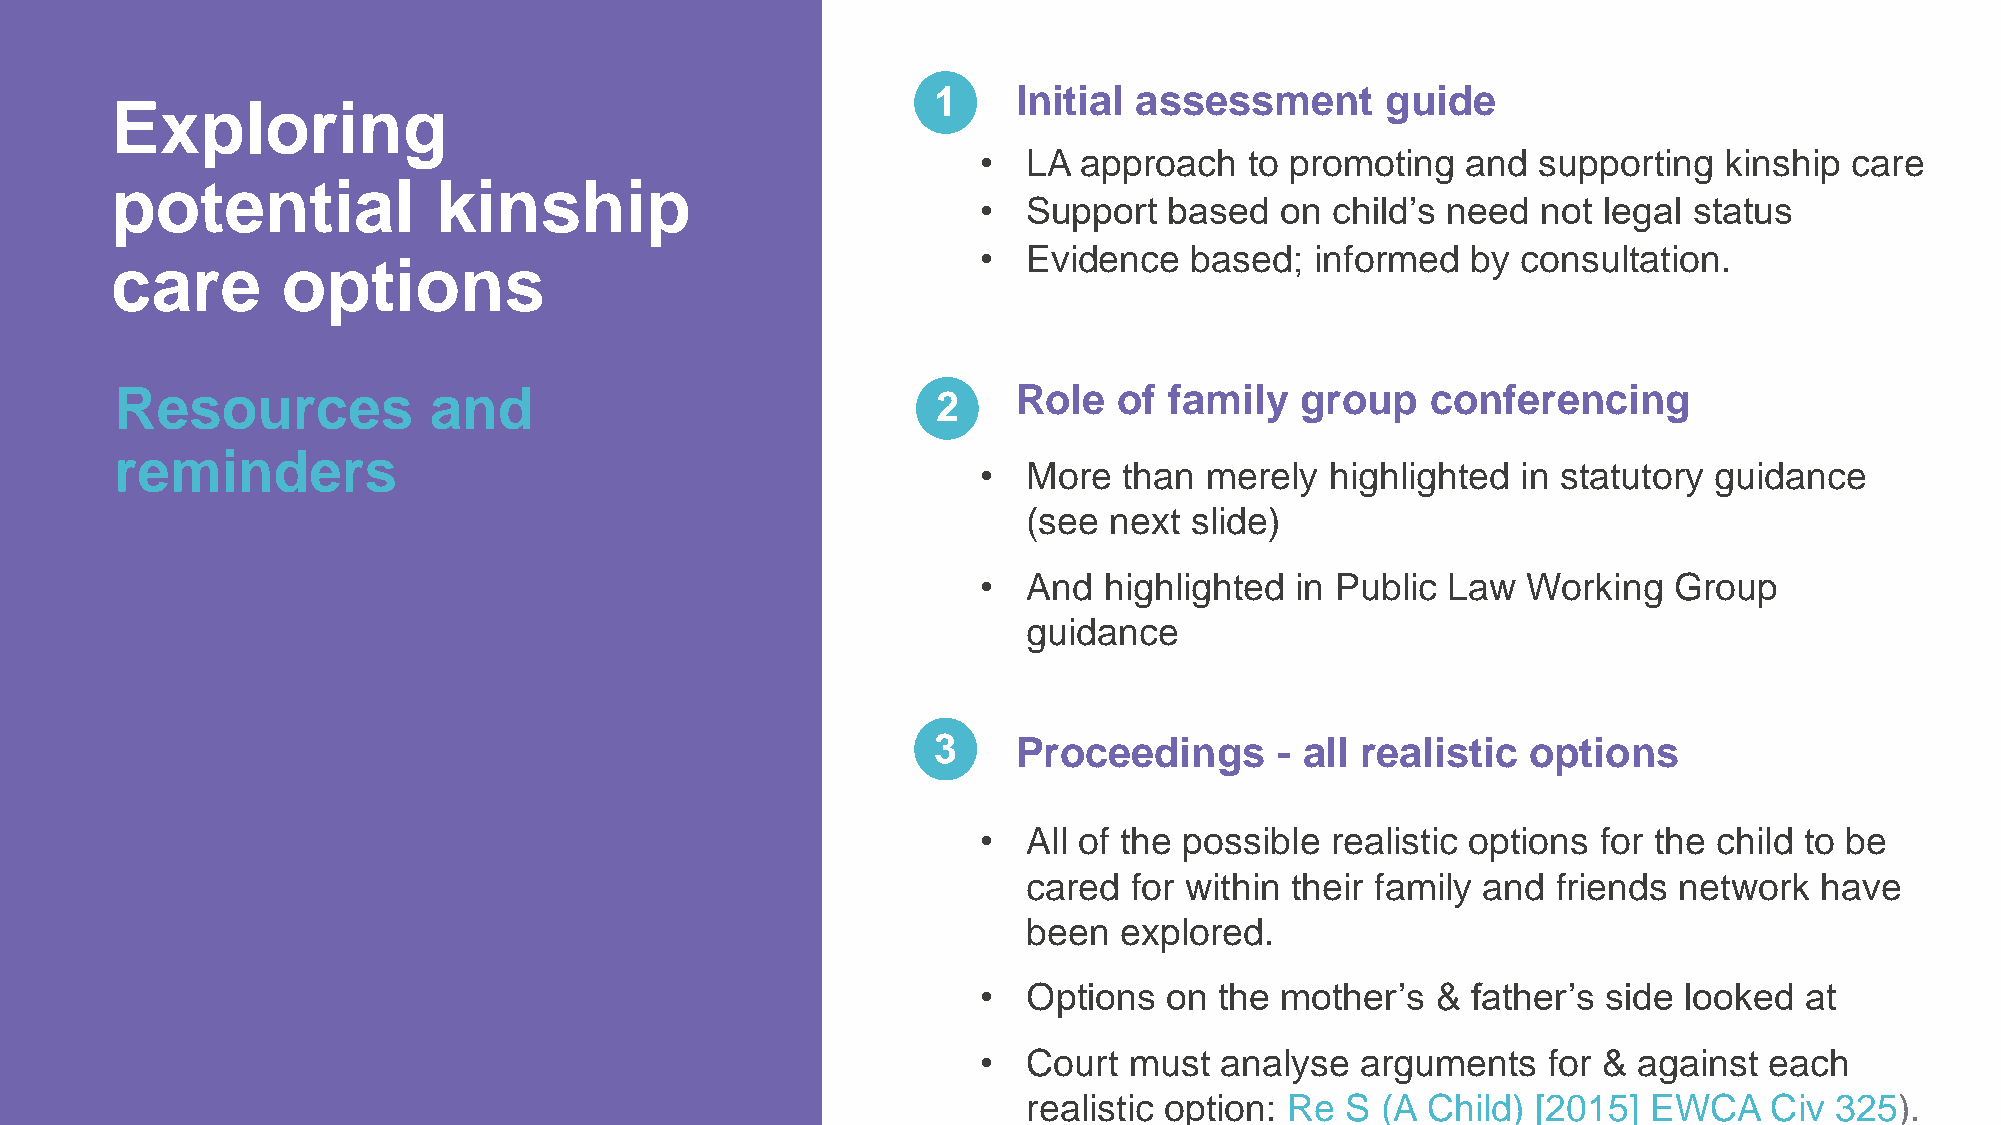
1    Initial assessment       guide
 Exploring
 •  LA  approach   to promoting  and  supporting  kinship  care
 potential             kinship
 •  Support  based   on child’s need  not legal status
 •  Evidence   based;  informed  by  consultation.
 care        options
 Resources           and                               2    Role   of family   group    conferencing
 reminders
 •  More  than  merely  highlighted  in statutory guidance
 (see next  slide)
 •  And  highlighted  in Public Law  Working   Group
 guidance
 3    Proceedings       - all realistic options
 •  All of the possible realistic options for the child to be
 cared  for within their family and friends network  have
 been  explored.
 •  Options  on  the mother’s  & father’s side looked  at
 •  Court  must  analyse  arguments   for & against  each
 realistic option: Re S (A Child)  [2015] EWCA    Civ 325).